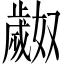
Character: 𬆎